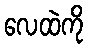
လေထဲကို